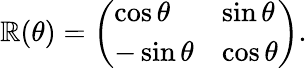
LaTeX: \mathbb{R}(\theta)={\left(\begin{array}{ll}{\cos\theta}&{\sin\theta}\\ {-\sin\theta}&{\cos\theta}\end{array}\right)}.